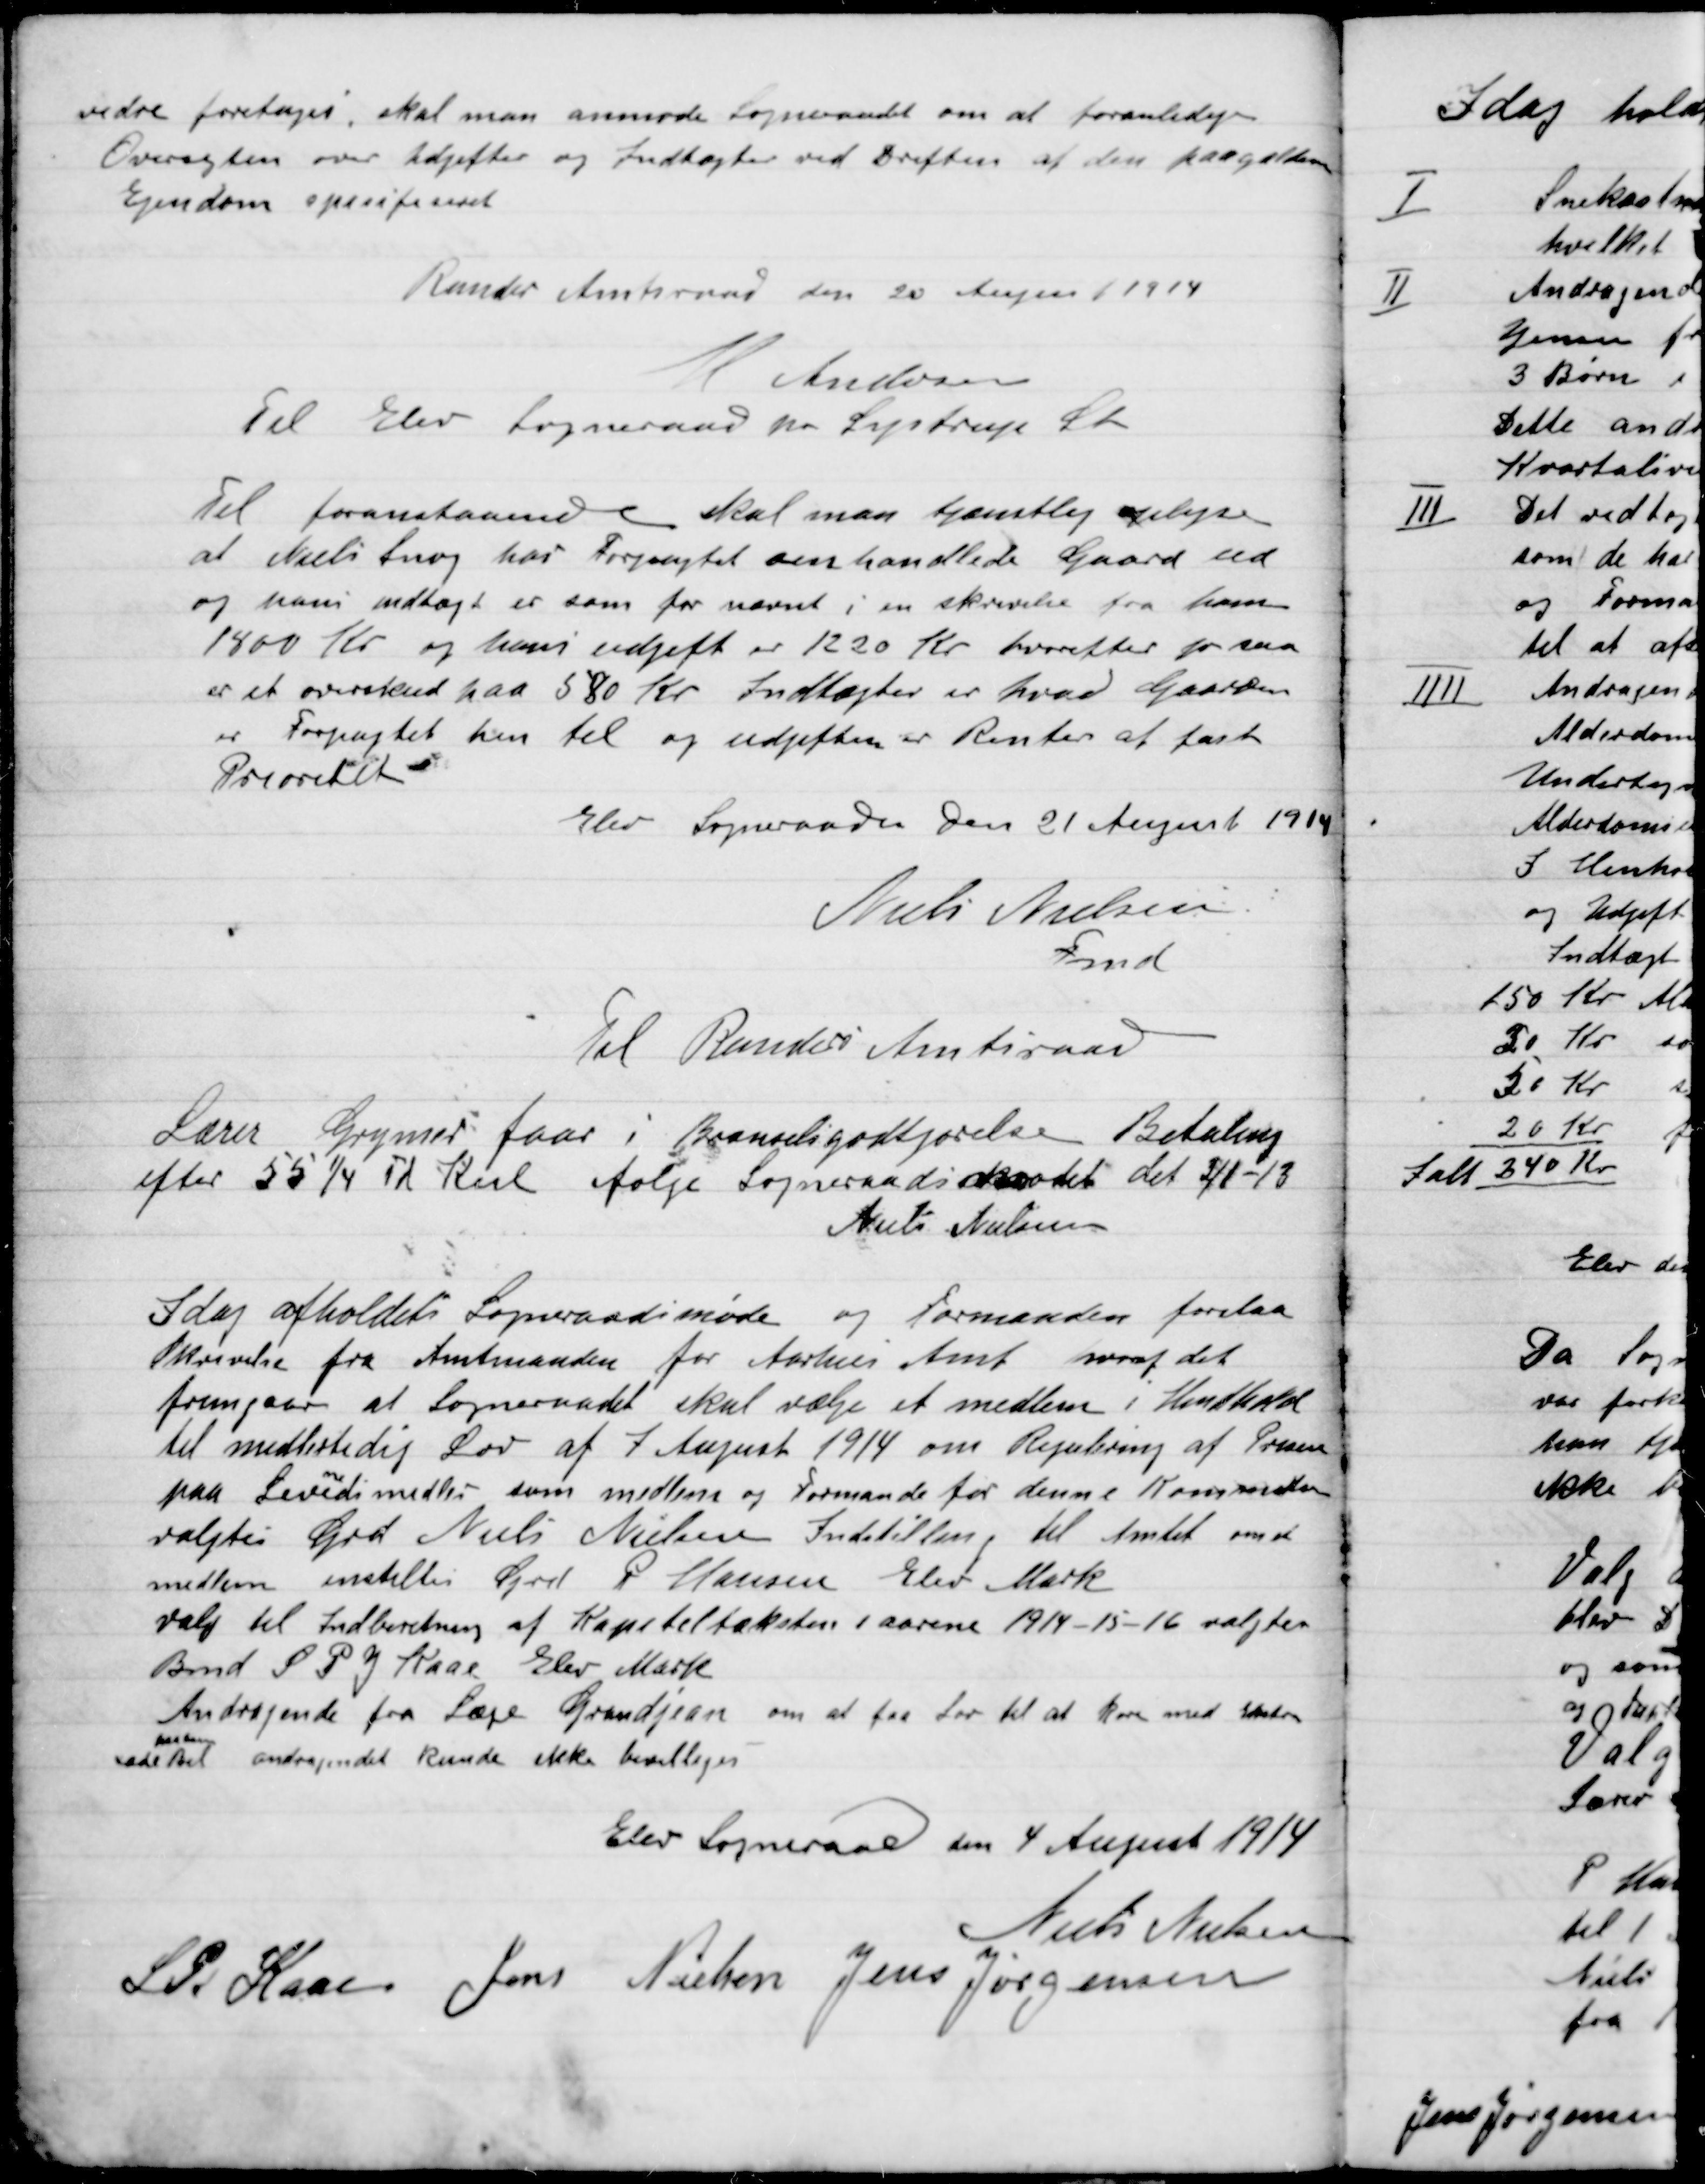
Transskription:
videre foretages, skal man anmode Sogneraadet om at foranledige
Oversigten over Udgifter og Indtægter ved Driften af den paagældende
Ejendom specificeret
Randers Amtsraad den 20 August 1914
N Andersen
Til Elev Sogneraad pr. Lystrup St.

Til foranstaaende skal man tjenstlig oplyse
at Niels Snog har Forpagtet omhandlede Gaard ud
og hans indtægt er som før nævnt i en skrivelse fra ham
1800 Kr. og hans udgift er 1220 Kr. hvorefter for saa
er et overskud paa 580 Kr. Indtægter er hvad Gaarden
er Forpagtet hen til og udgiften er Renter af fast

Elev Sogeraad Den 21 august 1914
Niels Nielsen
Fmd.
Til Randers Amtsraad

Lærer Grymer faar i Boliggodtgørelse Betaling
efter 55 ¼ Td Kul ifølge Sogneraadsmødet det 3/1 – 13
Niels Nielsen

I Dag afholdt Sogneraadsmøde og Formanden forelaa
Skrivelse fra Amtsraadet for Aarhus Amt svaret  det
fremgaar at Sogneraadet skal vælge et medlem i henhold
til midlertidig Lov af 7 August 1914 om Rejsebring af Prisen
paa Lævnedsmidler som medlem og Formand for denne Komité
valgtes Grd. Niels Nielsen Indstilling til Amtet om at
medlem indstilles Grd. P. Hansen Elev Mark.
valg til Indberetning af Kapiteltæksten i aarene 1914-15-16 valgtes
Bmd S. P. J. Kaas Elev Mark.
Andragende fra Læge Grandjean om at faa Lov til at køre med
Sæde
paa
Ret andragendet kunde ikke bevilliges.

Elev Sogneraad den 4 August 1914

Niels Nielsen
S. P. Kaas
Jens Nielsen
Jens Jørgensen